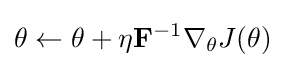
\theta \leftarrow \theta +\eta \mathbf {F} ^{-1}\nabla _{\theta }J(\theta )